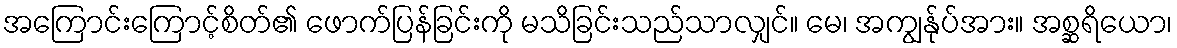
အကြောင်းကြောင့်စိတ်၏ ဖောက်ပြန်ခြင်းကို မသိခြင်းသည်သာလျှင်။ မေ၊ အကျွန်ုပ်အား။ အစ္ဆရိယော၊